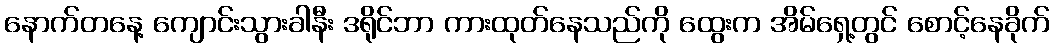
နောက်တနေ့ ကျောင်းသွားခါနီး ဒရိုင်ဘာ ကားထုတ်နေသည်ကို ထွေးက အိမ်ရှေ့တွင် စောင့်နေခိုက်